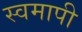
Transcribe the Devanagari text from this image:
स्वमापी